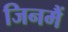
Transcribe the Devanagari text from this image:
जिनमैं